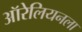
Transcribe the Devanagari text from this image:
ऑरेलियनला